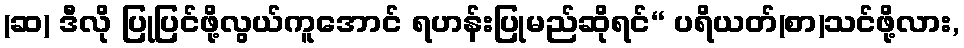
(ဆ) ဒီလို ပြုပြင်ဖို့လွယ်ကူအောင် ရဟန်းပြုမည်ဆိုရင်“ ပရိယတ်(စာ)သင်ဖို့လား,